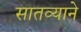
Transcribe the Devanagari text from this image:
सातव्याने